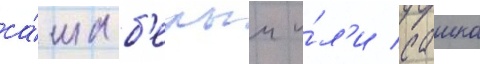
са́ша б'елыи и́л'и сашко